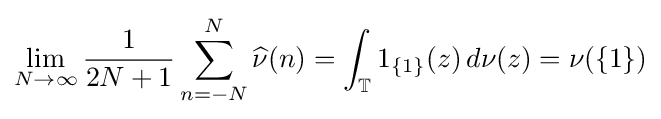
\lim _{N\to \infty }{\frac {1}{2N+1}}\sum _{n=-N}^{N}{\widehat {\nu }}(n)=\int _{\mathbb {T} }1_{\{1\}}(z)\,d\nu (z)=\nu (\{1\})